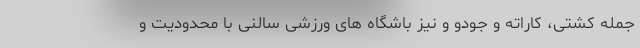
جمله کشتی، کاراته و جودو و نیز باشگاه های ورزشی سالنی با محدودیت و